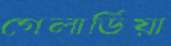
গেলার্ডিয়া